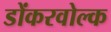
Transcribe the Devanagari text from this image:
डोंकरवोल्क